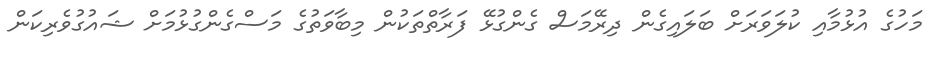
މަހުގެ އުޅުމާއި ކުލަވަރަށް ބަލައިގެން ދިރޭމަސް ގެންގުޅޭ ފަރާތްތަކުން މިބާވަތުގެ މަސްގެންގުޅުމަށް ޝައުގުވެރިކަން